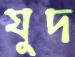
যুদ